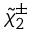
{ \tilde { \chi } } _ { 2 } ^ { \pm }